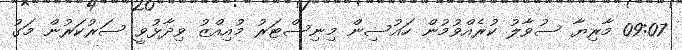
09:07 މާރިޔާ ސުވާލު ކުރެއްވުމުން ހައުސިން މިނިސްޓަރު މުއިއްޒު ވިދާޅުވީ ސަރުކަރުން މަގު